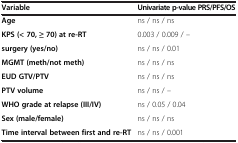
<table><thead><tr><td><b>Variable</b></td><td><b>Univariate p-value PRS/PFS/OS</b></td></tr></thead><tbody><tr><td><b>Age</b></td><td>ns / ns / ns</td></tr><tr><td><b>KPS (&lt; 70, ≥ 70) at re-RT</b></td><td>0.003 / 0.009 / -</td></tr><tr><td><b>surgery (yes/no)</b></td><td>ns / ns / 0.01</td></tr><tr><td><b>MGMT (meth/not meth)</b></td><td>ns / ns / ns</td></tr><tr><td><b>EUD GTV/PTV</b></td><td>ns / ns / ns</td></tr><tr><td><b>PTV volume</b></td><td>ns / ns / -</td></tr><tr><td><b>WHO grade at relapse (III/IV)</b></td><td>ns / 0.05 / 0.04</td></tr><tr><td><b>Sex (male/female)</b></td><td>ns / ns / ns</td></tr><tr><td><b>Time interval between first and re-RT</b></td><td>ns / ns / 0.001</td></tr></tbody></table>